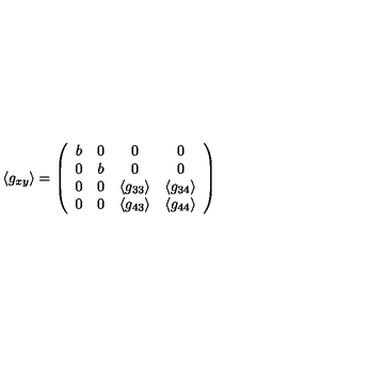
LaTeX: \langle g _ { x y } \rangle = \left( \begin{array} { c c c c } { b } & { 0 } & { 0 } & { 0 } \\ { 0 } & { b } & { 0 } & { 0 } \\ { 0 } & { 0 } & { \langle g _ { 3 3 } \rangle } & { \langle g _ { 3 4 } \rangle } \\ { 0 } & { 0 } & { \langle g _ { 4 3 } \rangle } & { \langle g _ { 4 4 } \rangle } \\ \end{array} \right)